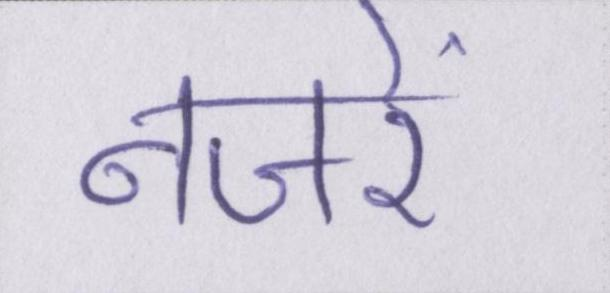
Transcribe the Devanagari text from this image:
नजरें